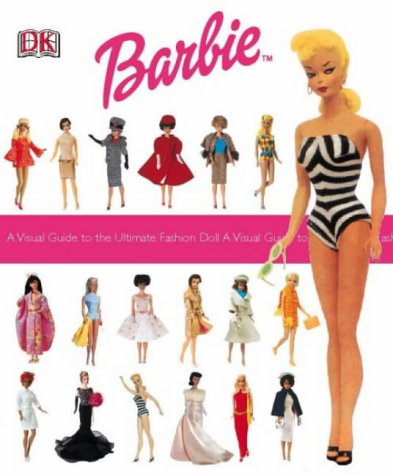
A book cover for Barbie: A Visual Guide to the Ultimate Fashion Doll; Teen & Young Adult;